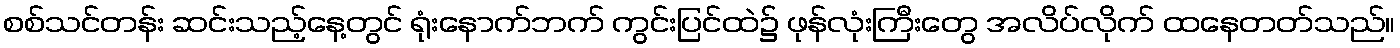
စစ်သင်တန်း ဆင်းသည့်နေ့တွင် ရုံးနောက်ဘက် ကွင်းပြင်ထဲ၌ ဖုန်လုံးကြီးတွေ အလိပ်လိုက် ထနေတတ်သည်။